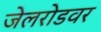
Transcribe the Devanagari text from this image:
जेलरोडवर